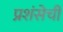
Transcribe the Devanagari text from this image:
प्रशंसेची